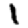
Digit: 1